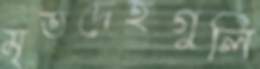
মৃতদেহগুলি